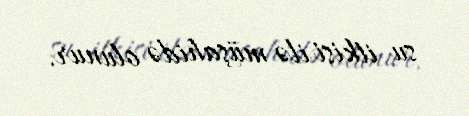
su itkisi ilə müşahidə olunur.